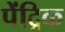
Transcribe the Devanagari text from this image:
पेंद्रिक